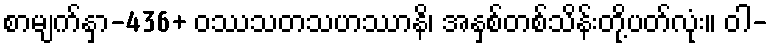
စာမျက်နှာ-436+ ဝဿသတသဟဿာနိ၊ အနှစ်တစ်သိန်းတို့ပတ်လုံး။ ဝါ-